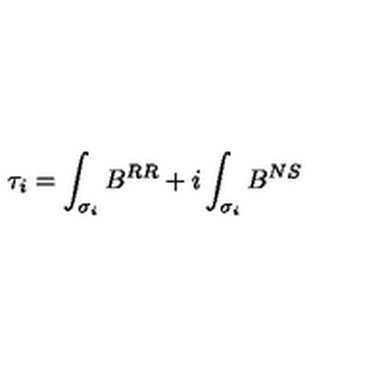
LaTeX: \tau _ { i } = \int _ { \sigma _ { i } } B ^ { R R } + i \int _ { \sigma _ { i } } B ^ { N S }